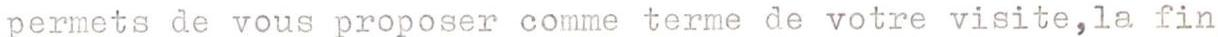
permets de vous proposer comme terme de votre visite,la fin